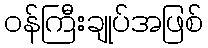
ဝန်ကြီးချုပ်အဖြစ်